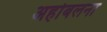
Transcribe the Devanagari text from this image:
अहोबलना